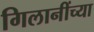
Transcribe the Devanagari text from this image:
गिलानींच्या